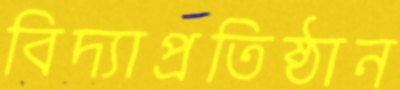
বিদ্যাপ্রতিষ্ঠান